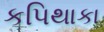
કપિથાકા